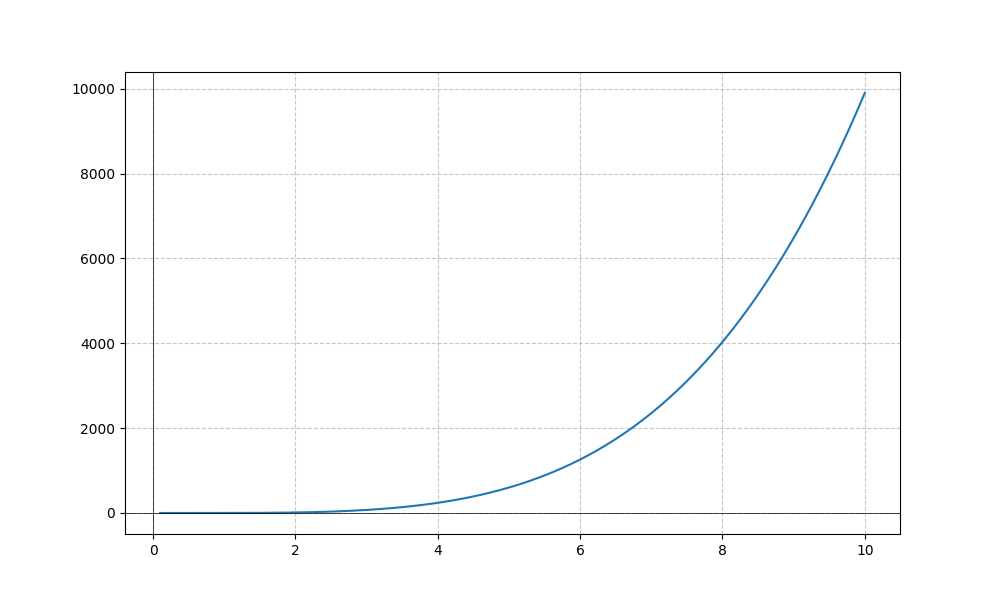
LaTeX formula: x^{4} - x^{2}